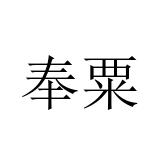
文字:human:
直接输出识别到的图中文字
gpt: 奉粟